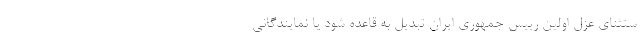
ستثنای عزل اولین رییس جمهوری ایران تبدیل به قاعده شود یا نمایندگانی